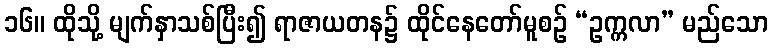
၁၆။ ထိုသို့ မျက်နှာသစ်ပြီး၍ ရာဇာယတန၌ ထိုင်နေတော်မူစဉ် “ဥက္ကလာ” မည်သော